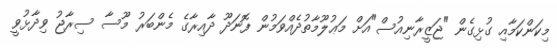
މިކަންކަމާއި ގުޅިގެން "ޖަޒީރާނިއުސް"އަށް މަޢުލޫމާތުދެއްވަމުން ފޮނަދޫ ދާއިރާގެ މެންބަރު މޫސާ ސިރާޖު ވިދާޅުވީ